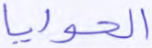
الحوايا